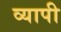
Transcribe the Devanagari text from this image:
व्‍यापी